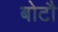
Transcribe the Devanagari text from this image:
बोटौ